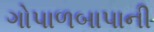
ગોપાળબાપાની